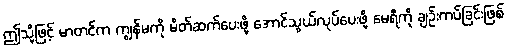
ဤသို့ဖြင့် မာတင်က ကျွန်မကို မိတ်ဆက်ပေးဖို့ အောင်သွယ်လုပ်ပေးဖို့ မေရီကို ချဉ်းကပ်ခြင်းဖြစ်